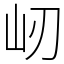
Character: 屻